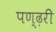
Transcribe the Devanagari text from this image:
पण्ढ़री